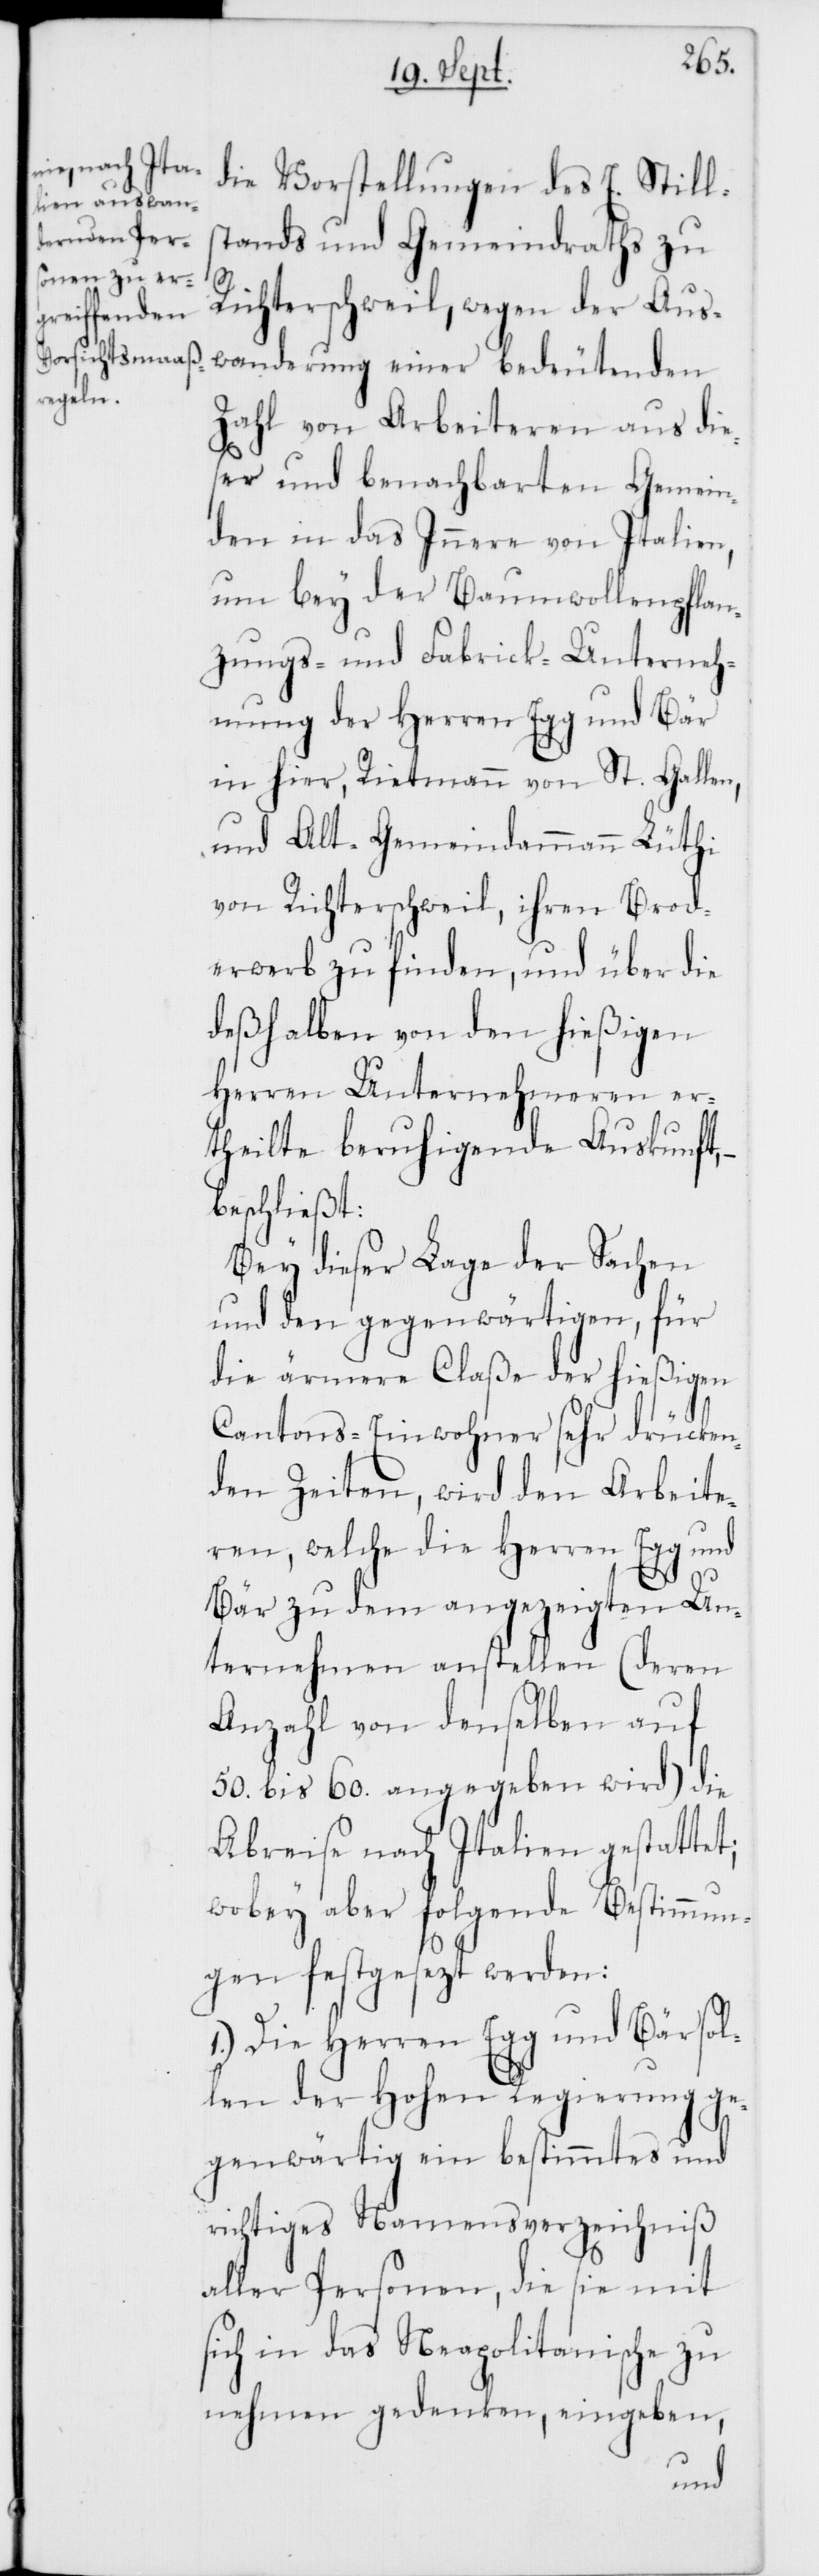
stands und Gemeindraths zu
Richterschweil, wegen der Aus¬
wanderung einer bedeutenden
Still¬
Zahl von Arbeiteren aus die¬
ser und benachbarten Gemein¬
den in das Innere von Italien,
um bey der Baumwollenpflan¬
zungs- und Fabrik-Unterneh¬
mung der Herren Egg und Bär
in hier; Rietmann von St. Gallen,
und Alt-Gemeindammann Lüthi
von Richterschweil, ihren Brod¬
erwerb zu finden, und über die
deßhalben von den hießigen
Herren Unternehmeren er¬
theilte beruhigende Auskunft,
beschließt:
Bey dieser Lage der Sachen
und den gegenwärtigen, für
die ärmere Claße der hießigen
Cantons-Einwohner sehr drücken¬
den Zeiten, wird den Arbeite¬
ren, welche die Herren Egg und
Bär zu dem angezeigten Un¬
ternehmen anstellen (deren
Anzahl von denselben auf
50. bis 60. angegeben wird) die
Abreise nach Italien gestattet;
wobey aber folgende Bestimmun¬
gen festgesezt werden:
1.) Die Herren Egg und Bär sol¬
len der Hohen Regierung ge¬
genwärtig ein bestimmtes und
richtiges Namensverzeichniß
aller Personen, die sie mit
sich in das Neapolitanische zu
nehmen gedenken, eingeben,